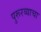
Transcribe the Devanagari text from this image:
पुरूरव्याचा